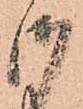
御